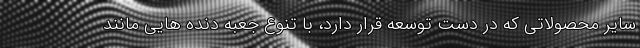
سایر محصولاتی که در دست توسعه قرار دارد، با تنوع جعبه دنده هایی مانند